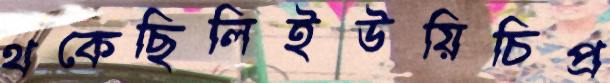
থকেছিলিইউয়িচিপ্র